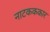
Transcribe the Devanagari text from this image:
नाटकककार